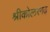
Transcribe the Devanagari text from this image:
श्रीकोलरगढ़